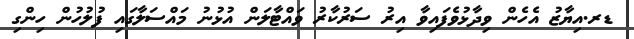
ޑރ.އިޔާޒު އެހެން ވިދާޅުވެފައިވާ އިރު ސަރުކާރު ވައްޓާލަން އުޅުނު މައްސަލާގައި ފުލުހުން ހިންގި